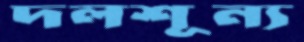
দলশূন্য